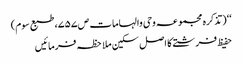
‘‘ (تذکرہ مجموعہ وحی والہامات ص۷۵۷، طبع سوم)
حفیظ فرشتے کا اصل سکین ملاحظہ فرمائیں